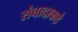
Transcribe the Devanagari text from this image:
संवादाकडे